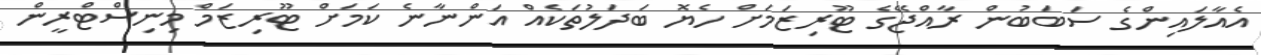
އެއާލައިންގެ ސަބަބުން ރާއްޖޭގެ ޓޫރިޒަމަށް ހެޔޮ ބަދަލުތަކެއް އަންނާނެ ކަމަށް ޓޫރިޒަމް މިނިސްޓްރީން